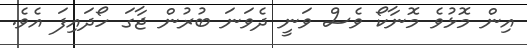
އިން މޮޅުވެ މޮނާކޯ ވެސް ވަނީ ދެވަނަ ބުރުން ޖާގަ ހޯދައިފަ އެވެ.